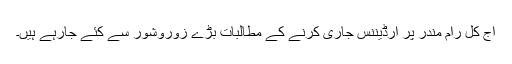
آج کل رام مندر پر آرڈیننس جاری کرنے کے مطالبات بڑے زوروشور سے کئے جارہے ہیں۔